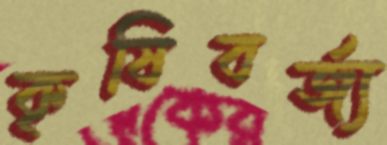
কৃষিবর্জ্য